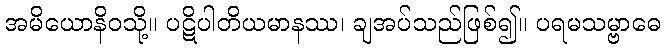
အမိယောနိဝသို့။ ပဋိပါတိယမာနဿ၊ ချအပ်သည်ဖြစ်၍။ ပရမသမ္ဗာဓေ